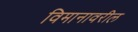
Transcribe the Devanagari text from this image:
विमानावरील